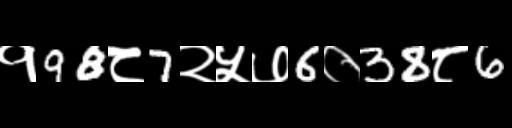
Text: १98८7२५७6०38८6